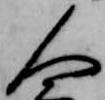
人